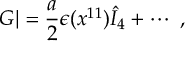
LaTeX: G | = { \frac { a } { 2 } } \epsilon ( x ^ { 1 1 } ) { \hat { I } } _ { 4 } + \cdots \ ,